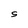
Character: S